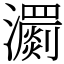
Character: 瀱